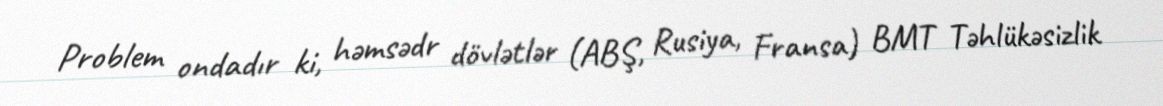
Problem ondadır ki, həmsədr dövlətlər (ABŞ, Rusiya, Fransa) BMT Təhlükəsizlik